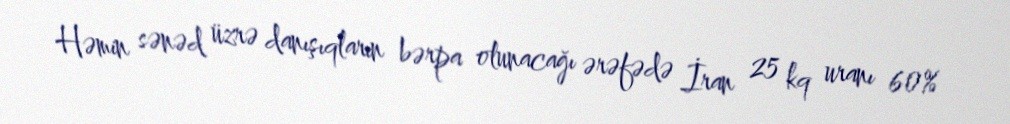
Həmin sənəd üzrə danışıqların bərpa olunacağı ərəfədə İran 25 kq uranı 60%